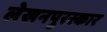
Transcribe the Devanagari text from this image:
लेखनपुरस्कार